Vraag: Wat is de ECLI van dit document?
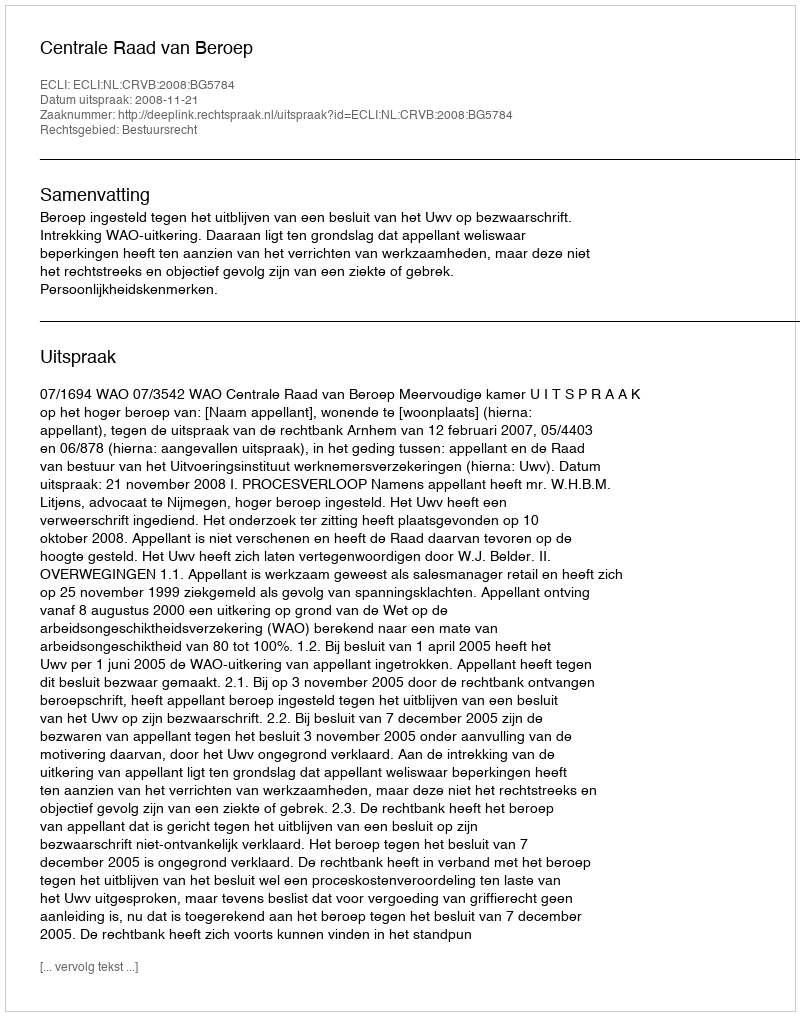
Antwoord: ECLI:NL:CRVB:2008:BG5784